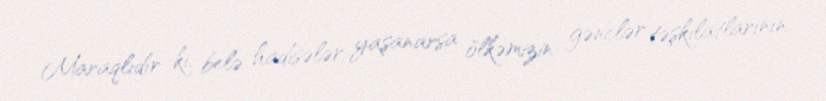
Maraqlıdır ki, belə hadisələr yaşanarsa ölkəmizin gənclər təşkilatlarının